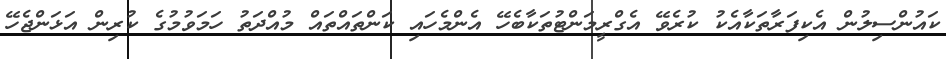
ކައުންސިލުން އެކިފަރާތަކާއެކު ކުރެވޭ އެގްރީމަންޓުތަކާބެހޭ އެންމެހައި ކަންތައްތައް މުއްދަތު ހަމަވުމުގެ ކުރިން އަޅަންޖެހޭ